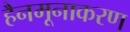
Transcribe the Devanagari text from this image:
हैनमूनाकरण